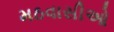
મઠવાસીઓ